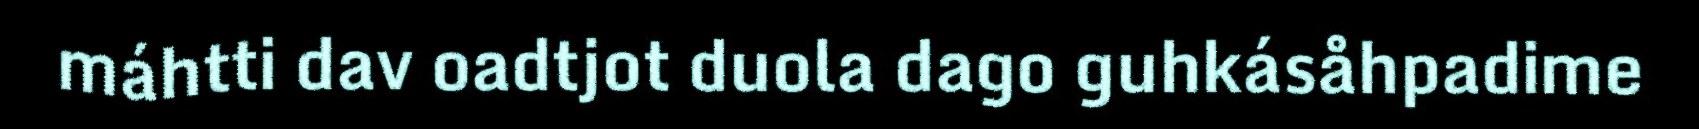
máhtti dav oadtjot duola dago guhkásåhpadime